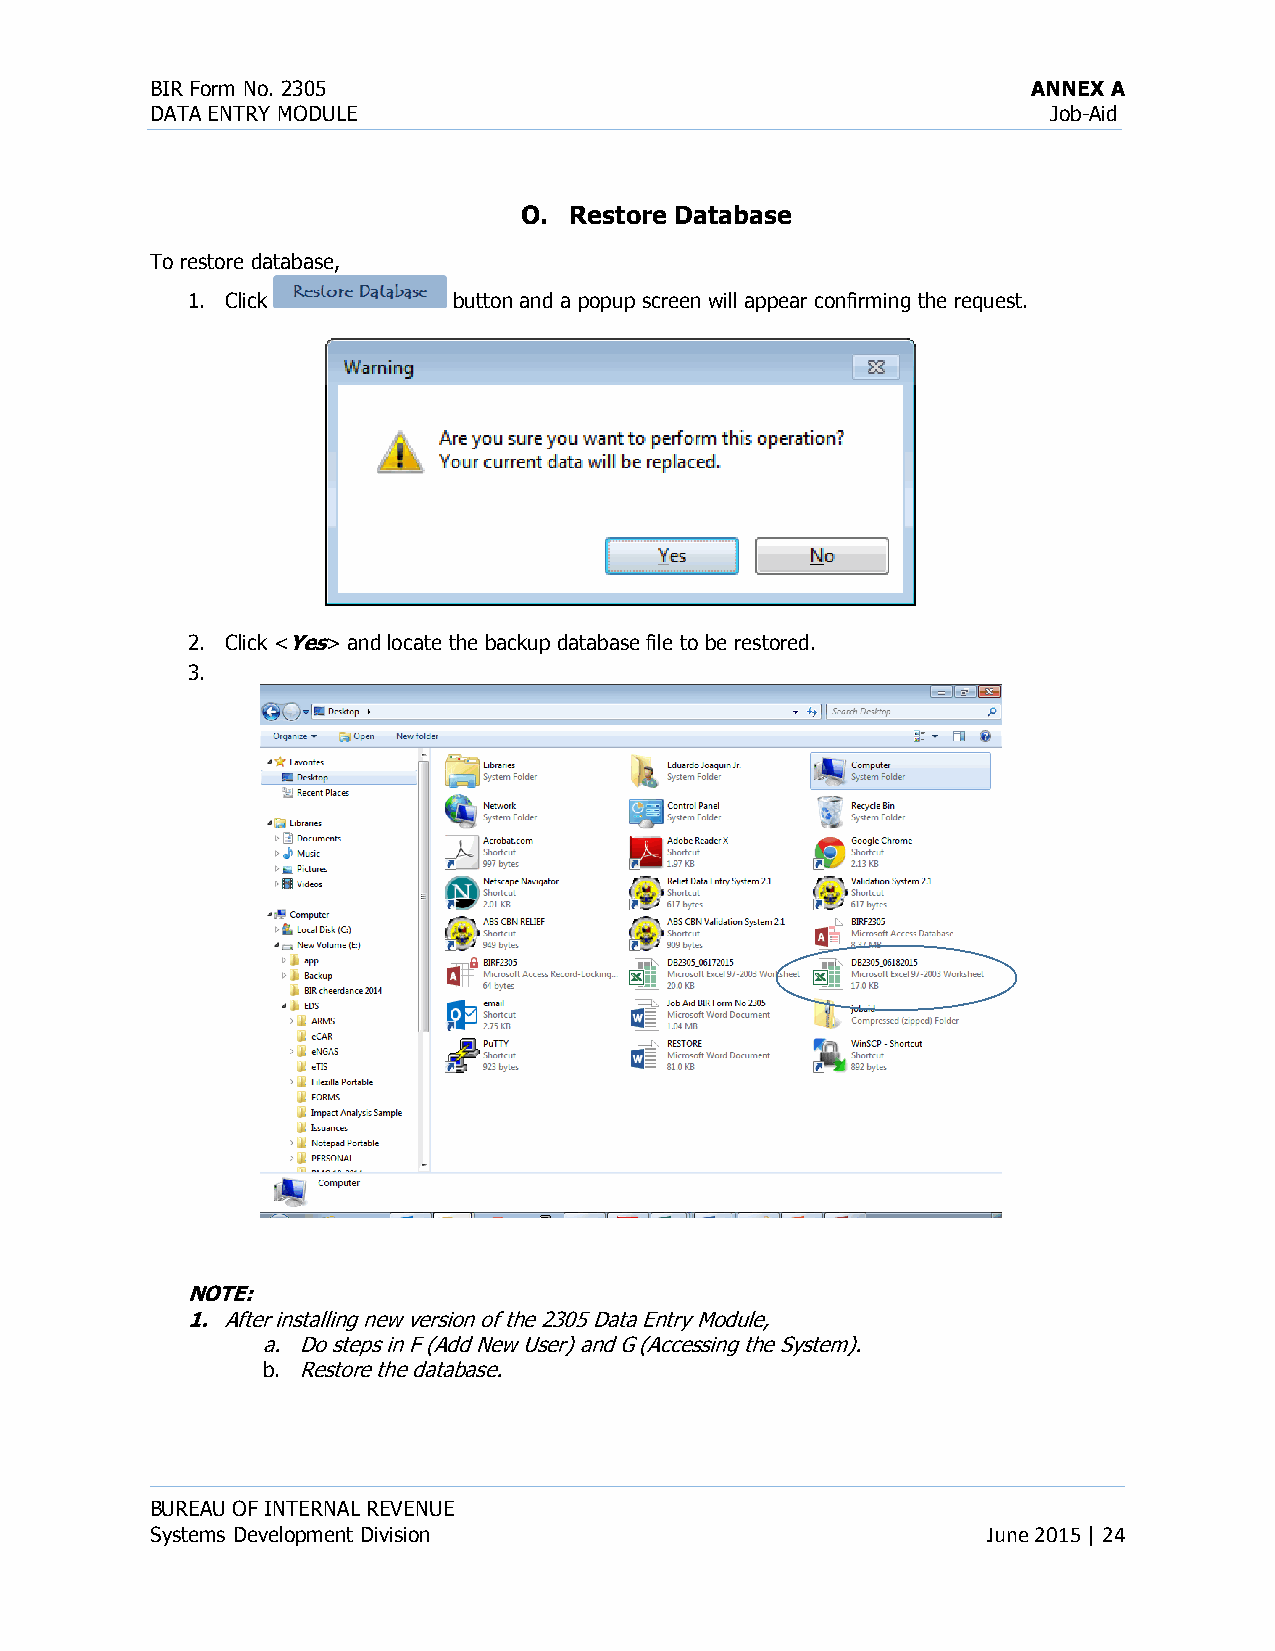
BIR Form No. 2305                                         ANNEX A
 DATA ENTRY MODULE                                           Job-Aid
 O.  Restore Database
 To restore database,
 1. Click          button and a popup screen will appear confirming the request.
 2. Click <Yes> and locate the backup database file to be restored.
 3.
 NOTE:
 1. After installing new version of the 2305 Data Entry Module,
 a. Do steps in F (Add New User) and G (Accessing the System).
 b. Restore the database.
 BUREAU OF INTERNAL REVENUE
 Systems Development Division                           June 2015 | 24